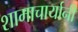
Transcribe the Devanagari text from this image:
शामाचार्यानी